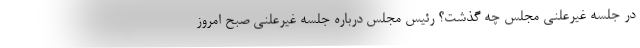
در جلسه غیرعلنی مجلس چه گذشت؟ رئیس مجلس درباره جلسه غیرعلنی صبح امروز